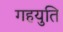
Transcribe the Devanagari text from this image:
गहयुति